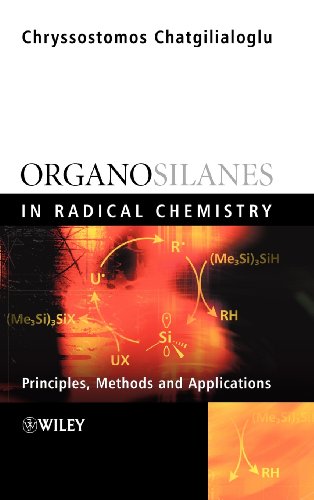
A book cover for Organosilanes in Radical Chemistry; Chryssostomos Chatgilialoglu; Science & Math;